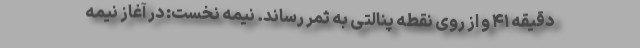
دقیقه ۴١ و از روی نقطه پنالتی به ثمر رساند. نیمه نخست: در آغاز نیمه